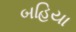
બહિયા